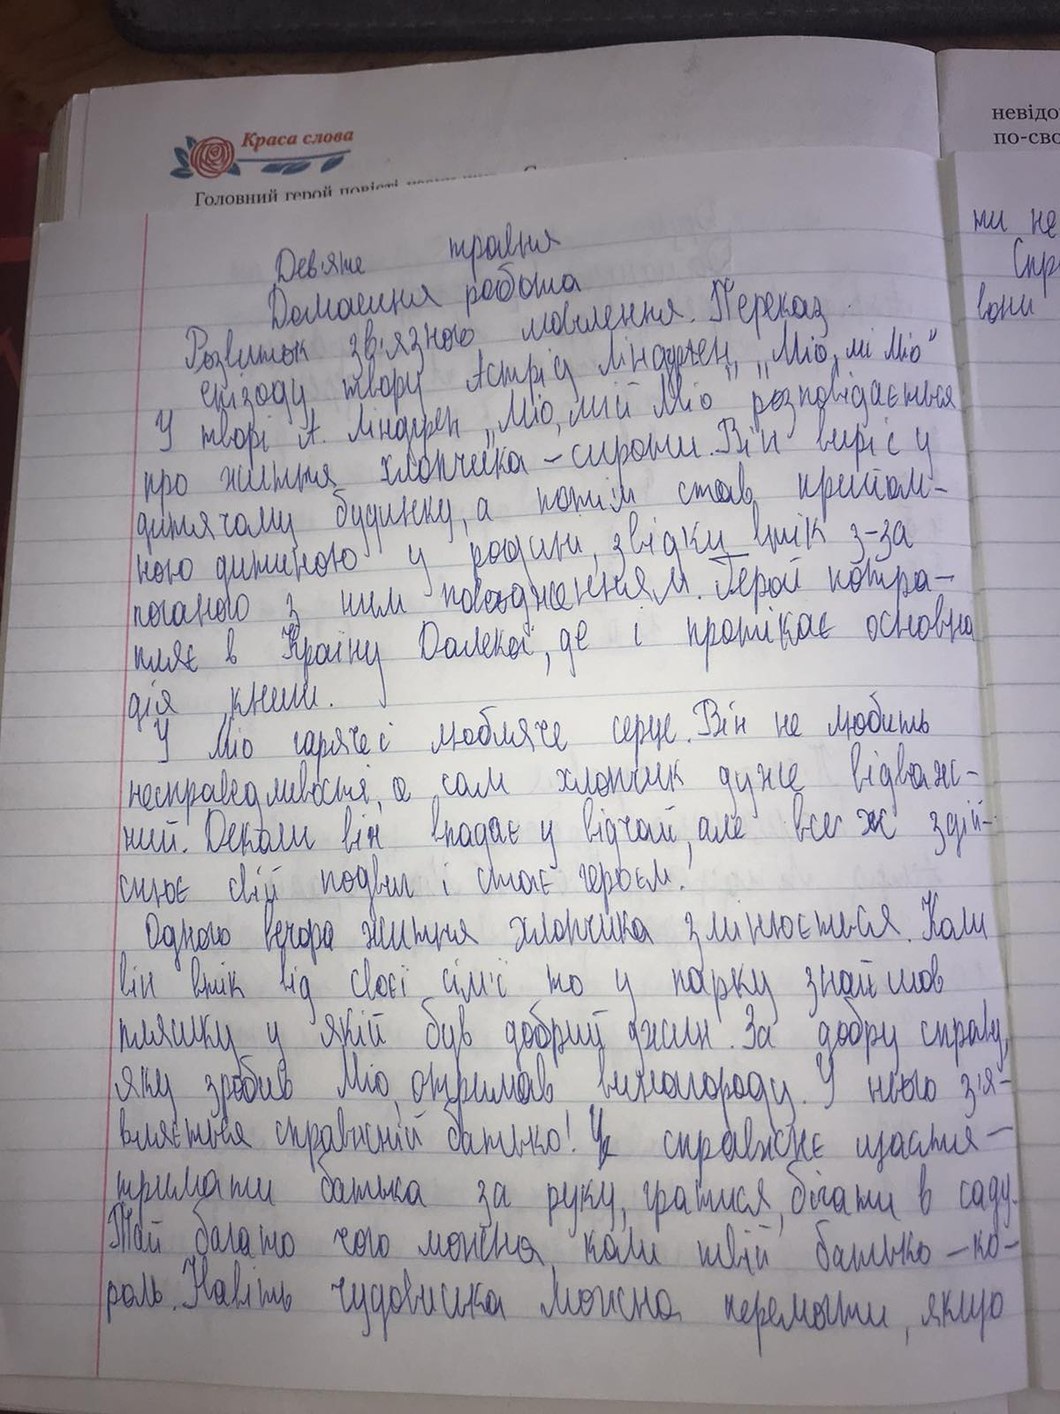
Дев'яте травня
Домашня робота
Розвиток зв'язного мовлення. Переказ
епізоду твору Астрід Ліндгрен "Міо, мі Міо"
У творі А. Ліндгрен „Міо, мій Міо" розповідається
про життя хлопчика - сироти. Він виріс у
дитячому будинку, а потім став прийом-
ною дитиною у родині, звідки втік з-за
поганого з ним поводженням. Герой потра-
пливе в країну Далекої, де і протікає основна
дія книги.
У Міо гаряче і любляче серце. Він не любить
несправедливості, а сам хлопчик дуже відваж-
ний. Деколи він впадає у відчай, але все ж здій-
снює свій подвиг і стає героєм!
Одного вечора життя хлопчика змінюється. Коли
він втік від своєї сім'ї то у парку знайшов
пляшку у якій був добрий джин. За добру справу,
яку зробив Міо, отримав винагороду. У нього з'я-
вляється справжній батько! Це справжнє щастя -
тримати батька за руку, гратися, бігати в саду.
Та й багато чого можна, коли твій батько - ко-
роль. Навіть чудовиська можна перемогти, якщо